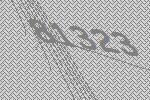
81323